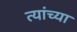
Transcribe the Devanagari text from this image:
त्यांच्या